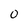
Character: 0